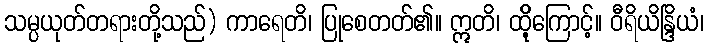
သမ္ပယုတ်တရားတို့သည်) ကာရေတိ၊ ပြုစေတတ်၏။ ဣတိ၊ ထိို့ကြောင့်။ ဝီရိယိန္ဒြိယံ၊